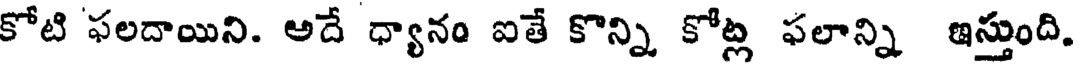
కోటి ఫలదాయిని. అదే ధ్యానం ఐతే కొన్ని కోట్ల ఫలాన్ని ఇస్తుంది,